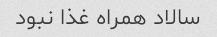
سالاد همراه غذا نبود